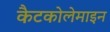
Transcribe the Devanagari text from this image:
कैटकोलेमाइन